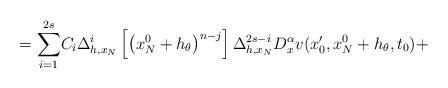
LaTeX: \begin{align*} ={\displaystyle\sum\limits_{i=1}^{2s}}C_{i}\Delta_{h,x_{N}}^{i}\left[ \left( x_{N}^{0}+h_{\theta}\right)^{n-j}\right] \Delta_{h,x_{N}}^{2s-i}D_{x}^{\alpha}v(x_{0}^{\prime},x_{N}^{0}+h_{\theta},t_{0})+ \end{align*}